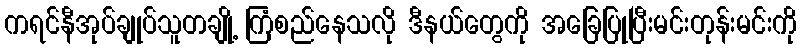
ကရင်နီအုပ်ချုပ်သူတချို့ ကြံစည်နေသလို ဒီနယ်တွေကို အခြေပြုပြီးမင်းတုန်းမင်းကို